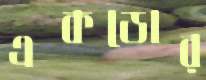
একডোর